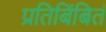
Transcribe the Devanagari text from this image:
प्रतिबिंबितं